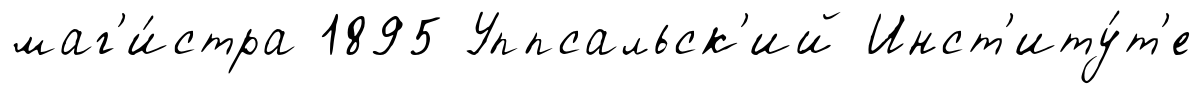
маг'и́стра 1895 Уппсальск'ий Инст'иту́т'е